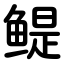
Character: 鳀